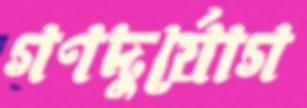
গণদুর্যোগ